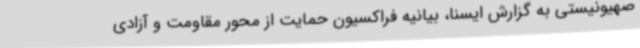
صهیونیستی به گزارش ایسنا، بیانیه فراکسیون حمایت از محور مقاومت و آزادی